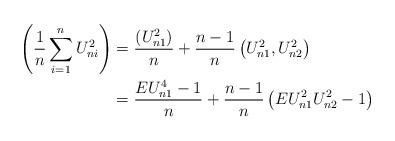
LaTeX: \begin{align*}\left(\frac{1}{n}\sum_{i=1}^n U^2_{ni}\right)&=\frac{(U^2_{n1})}{n}+\frac{n-1}{n}\left(U_{n1}^2,U_{n2}^2\right)\\&=\frac{EU^4_{n1}-1}{n}+\frac{n-1}{n}\left(EU_{n1}^2U_{n2}^2-1\right)\end{align*}